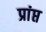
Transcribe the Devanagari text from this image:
प्रांप्त